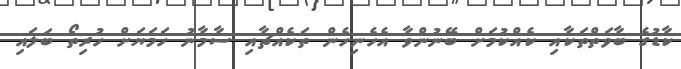
ކާޑުގެ ބާވަތްތަކާއި ކެއްކުމަށް ބޭނުންވާ އެހެނިހެން ތަކެއްޗާއި ސާމާނު ހަމަޔަށް ހުރިތޯ ބަލައި